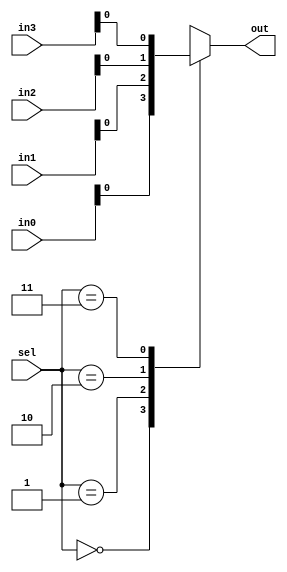
module mux_4to1 (
    input [3:0] in0, in1, in2, in3,   // 4 input signals
    input [1:0] sel,                  // 2-bit control signal
    output reg out
);

always @* begin
    case(sel)
        2'b00: out = in0;    // Select input in0 when sel is 00
        2'b01: out = in1;    // Select input in1 when sel is 01
        2'b10: out = in2;    // Select input in2 when sel is 10
        2'b11: out = in3;    // Select input in3 when sel is 11
    endcase
end

endmodule